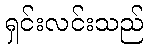
ရှင်းလင်းသည်